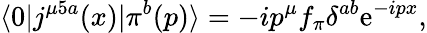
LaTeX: \langle 0|j^{\mu 5a}(x)|\pi^{b}(p)\rangle=-ip^{\mu}f_{\pi}\delta^{ab}\mathrm{e}^{-ipx},